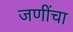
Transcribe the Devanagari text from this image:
जणींचा